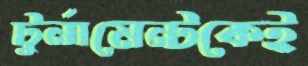
টুর্নামেন্টকেই